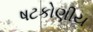
ષટકોણીય